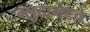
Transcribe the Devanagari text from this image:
ग्लुटामेटचे